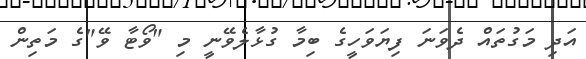
އަދި މަގުތައް ދެވަނަ ފިޔަވަހީގެ ބިމާ ގުޅާލެވޭނީ މި "ވޯޓާ ވޭ"ގެ މަތިން